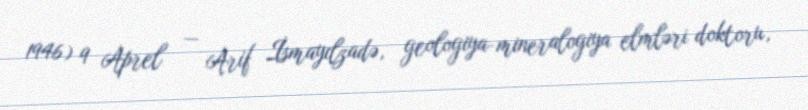
1946) 9 Aprel — Arif İsmayılzadə, geologiya-mineralogiya elmləri doktoru,